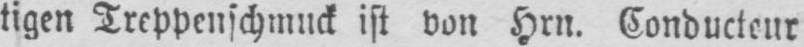
tigen Treppenschmuck ist von Hrn. Conducteur